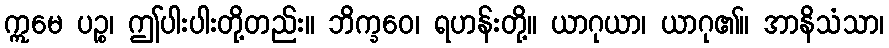
ဣမေ ပဉ္စ၊ ဤပါးပါးတို့တည်း။ ဘိက္ခဝေ၊ ရဟန်းတို့။ ယာဂုယာ၊ ယာဂု၏။ အာနိသံသာ၊